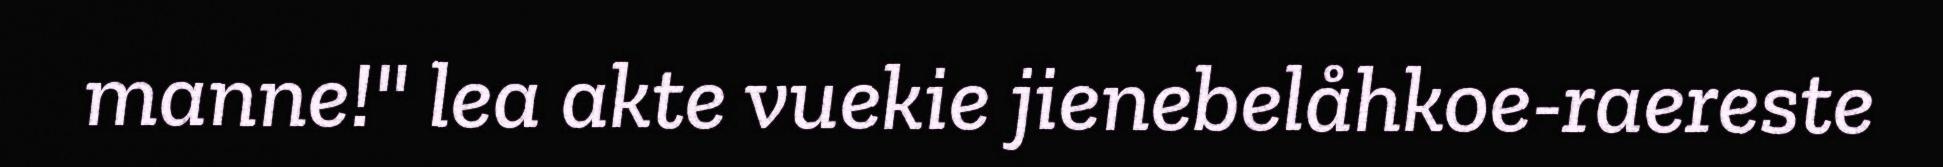
manne!" lea akte vuekie jienebelåhkoe-raereste